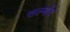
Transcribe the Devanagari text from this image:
सल्मोंद